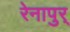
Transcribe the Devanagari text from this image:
रेनापुर्